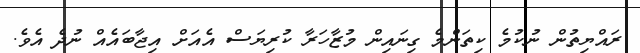
ރައްޔިތުން ނުކުމެ ކިތަންމެ ގިނައިން މުޒާހަރާ ކުރިޔަސް އެއަށް އިޖާބައެއް ނުދެ އެވެ.